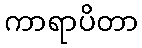
ကာရာပိတာ